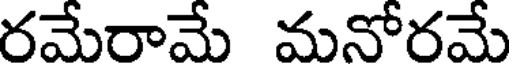
రమేరామే మనోరమే